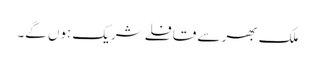
ملک بھر سے قافلے شریک ہوں گے۔